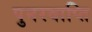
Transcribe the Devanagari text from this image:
पुनरवाप्ति